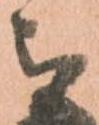
被